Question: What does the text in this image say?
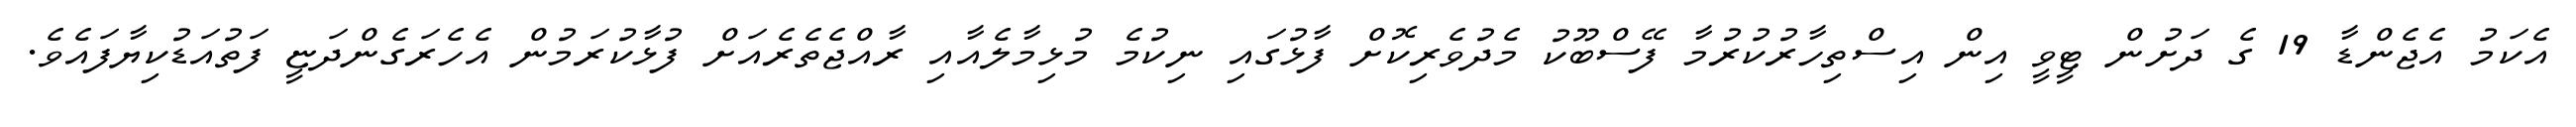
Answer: އެކަމު އެޖެންޑާ 19 ގެ ދަށުން ޓީވީ އިން އިސްތިހާރުކުރުމާ ފޭސްބޫކު މެދުވެރިކޮށް ފާޅުގައި ނިކުމެ މުޅިމާލެއާއި ރާއްޖެތެރެއަށް ފުޅާކުރަމުން އެހެރަގެންދަޏީ ފަތުއަޑުކިޔާފައެވެ.